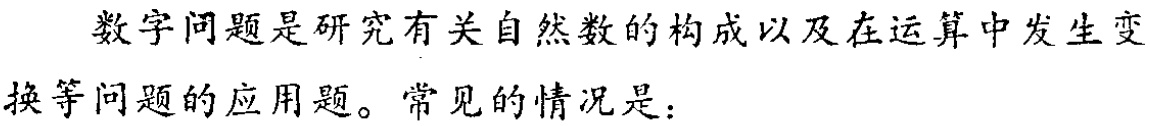
数字问题是研究有关自然数的构成以及在运算中发生变

换等问题的应用题。常见的情况是：